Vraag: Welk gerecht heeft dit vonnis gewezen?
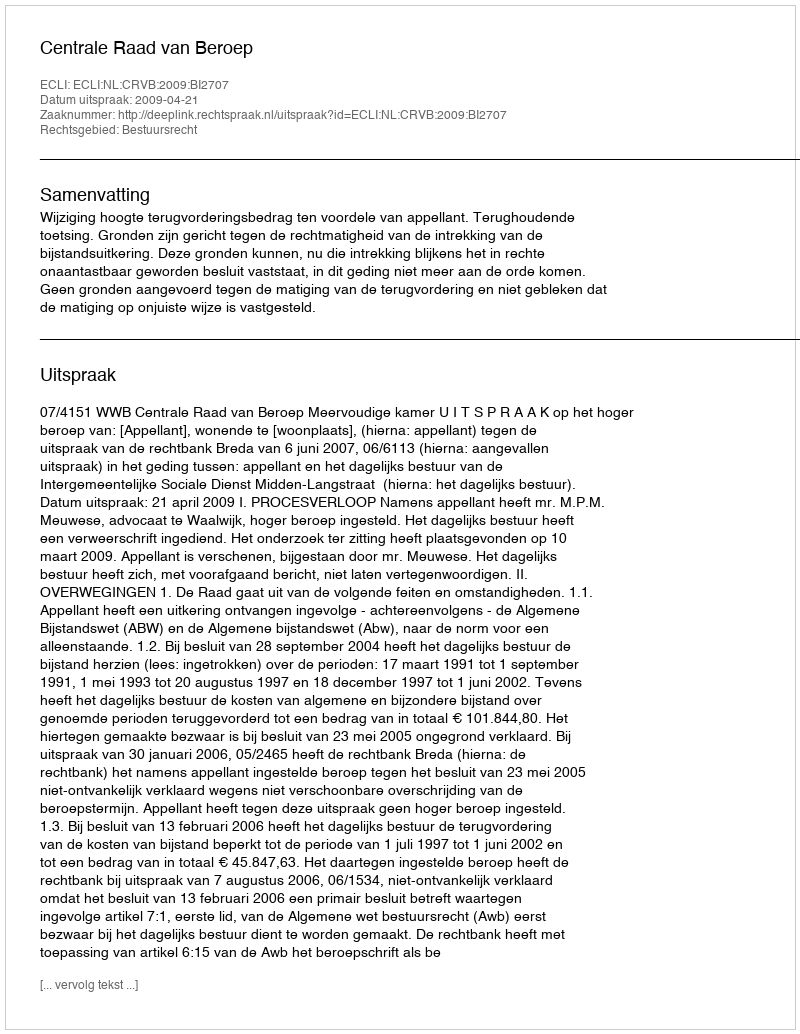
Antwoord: Centrale Raad van Beroep